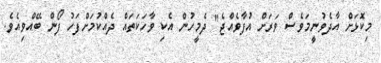
މިކޮޅަށް އާދެވުނީމަވެސް ވަރަށް އުފާވެއްޖެ" ދެމީހުން އެކި ވާހަކަތައް ދެއްކުމަށްފަހު ފޯން ބޭއްވިއެވެ.